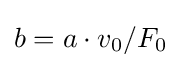
b=a\cdot v_{0}/F_{0}